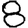
Digit: 8